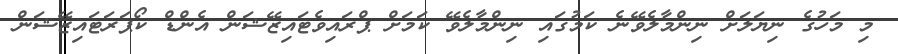
މި މަހުގެ ނިޔަލަށް ނިންމާލެވޭނެ ކަމުގައި ނިންމާލެވޭ ކަމަށް ޕްރައިވެޓައިޒޭޝަން އެންޑް ކޯޕަރަޓައިޒޭޝަން